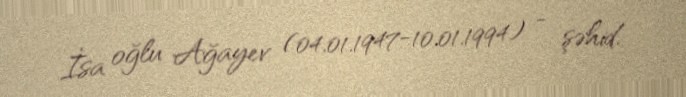
İsa oğlu Ağayev (04.01.1947-10.01.1994) - şəhid.